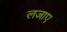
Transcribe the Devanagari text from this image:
लजाए